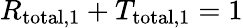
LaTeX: R_{\mathrm{total},1}+T_{\mathrm{total},1}=1